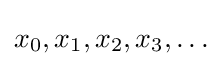
x_{0},x_{1},x_{2},x_{3},\ldots